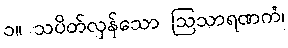
၁။ သပိတ်လှန်သော ဩသာရဏကံ၊